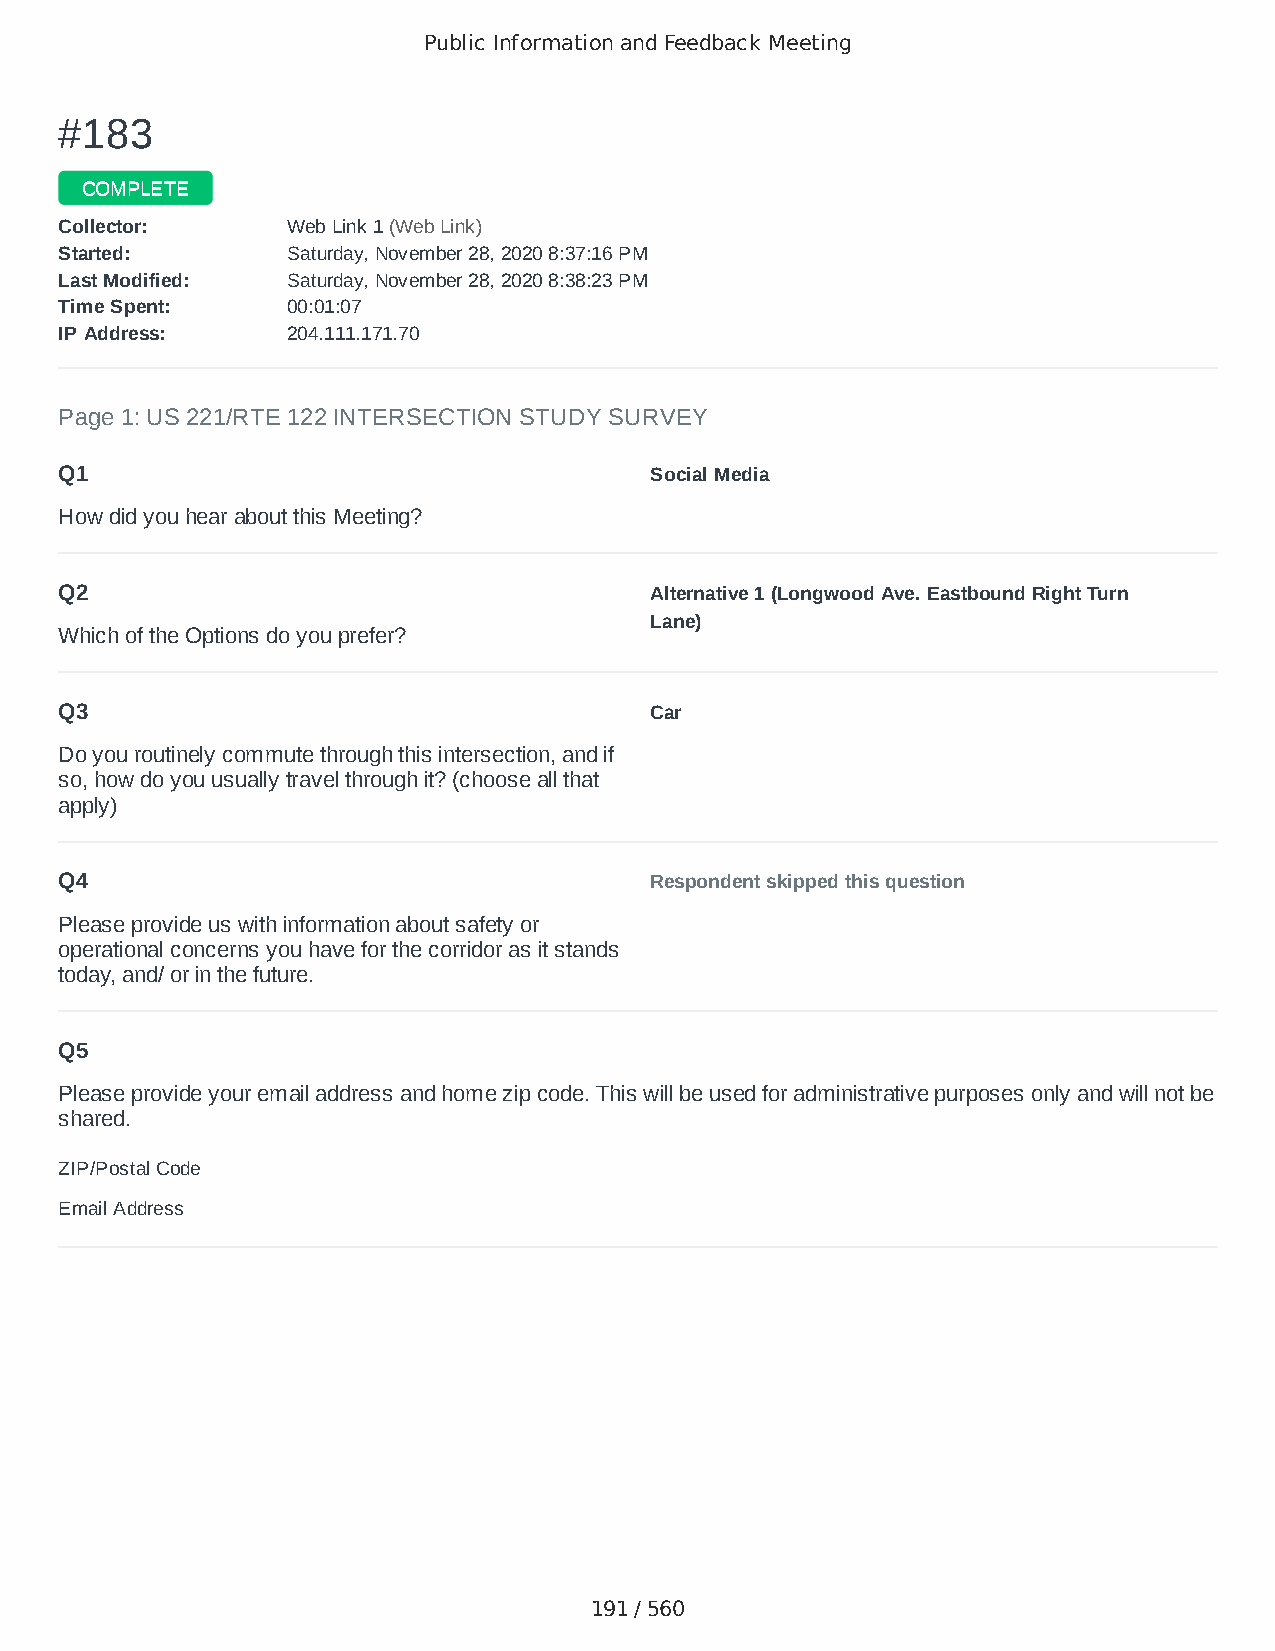
Public Information and Feedback Meeting
 ##118833
 CCOOMMPPLLEETTEE
 CCoolllleeccttoorr:: WWeebb LLiinnkk 11 ((WWeebb LLiinnkk))
 SSttaarrtteedd:: SSaattuurrddaayy,, NNoovveemmbbeerr 2288,, 22002200 88::3377::1166 PPMM
 LLaasstt MMooddiiffiieedd:: SSaattuurrddaayy,, NNoovveemmbbeerr 2288,, 22002200 88::3388::2233 PPMM
 TTiimmee SSppeenntt:: 0000::0011::0077
 IIPP AAddddrreessss:: 220044..111111..117711..7700
 Page 1: US 221/RTE 122 INTERSECTION STUDY SURVEY
 Q1                                     Social Media
 How did you hear about this Meeting?
 Q2                                     Alternative 1 (Longwood Ave. Eastbound Right Turn
 Lane)
 Which of the Options do you prefer?
 Q3                                     Car
 Do you routinely commute through this intersection, and if
 so, how do you usually travel through it? (choose all that
 apply)
 Q4                                     Respondent skipped this question
 Please provide us with information about safety or
 operational concerns you have for the corridor as it stands
 today, and/ or in the future.
 Q5
 Please provide your email address and home zip code. This will be used for administrative purposes only and will not be
 shared.
 ZIP/Postal Code                        24523
 Email Address                          duane.revolutionary@gmail.com
 191 / 560